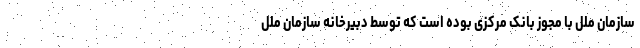
سازمان ملل با مجوز بانک مرکزی بوده است که توسط دبیرخانه سازمان ملل